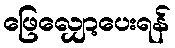
ဖြေလျှော့ပေးရန်